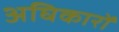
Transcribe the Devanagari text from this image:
अघिकारों